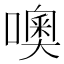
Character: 噢